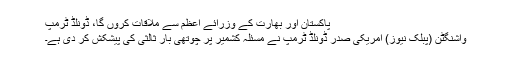
پاکستان اور بھارت کے وزرائے اعظم سے ملاقات کروں گا، ڈونلڈ ٹرمپ
واشنگٹن (پبلک نیوز) امریکی صدر ڈونلڈ ٹرمپ نے مسئلہ کشمیر پر چوتھی بار ثالثی کی پیشکش کر دی ہے۔